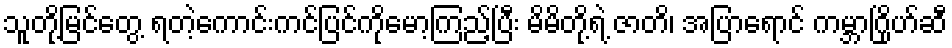
သူတို့မြင်တွေ့ ရတဲ့ကောင်းကင်ပြင်ကိုမော့ကြည့်ပြီး မိမိတို့ရဲ့ ဇာတိ၊ အပြာရောင် ကမ္ဘာဂြိုဟ်ဆီ